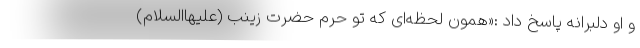
و او دلبرانه پاسخ داد :«همون لحظه‌ای که تو حرم حضرت زینب (علیهاالسلام)